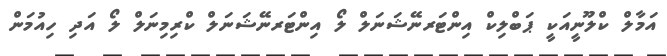
އަމާލް ކްލޫނީއަކީ ޕަބްލިކް އިންޓަރނޭޝަނަލް ލޯ އިންޓަރނޭޝަނަލް ކްރިމިނަލް ލޯ އަދި ހިއުމަން